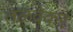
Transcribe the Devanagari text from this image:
तळवेकर